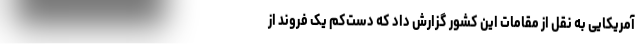
آمریکایی به نقل از مقامات این کشور گزارش داد که دست‌کم یک فروند از